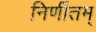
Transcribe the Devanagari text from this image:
निर्णीतम्